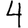
Digit: 4